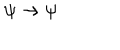
\psi \rightarrow \psi